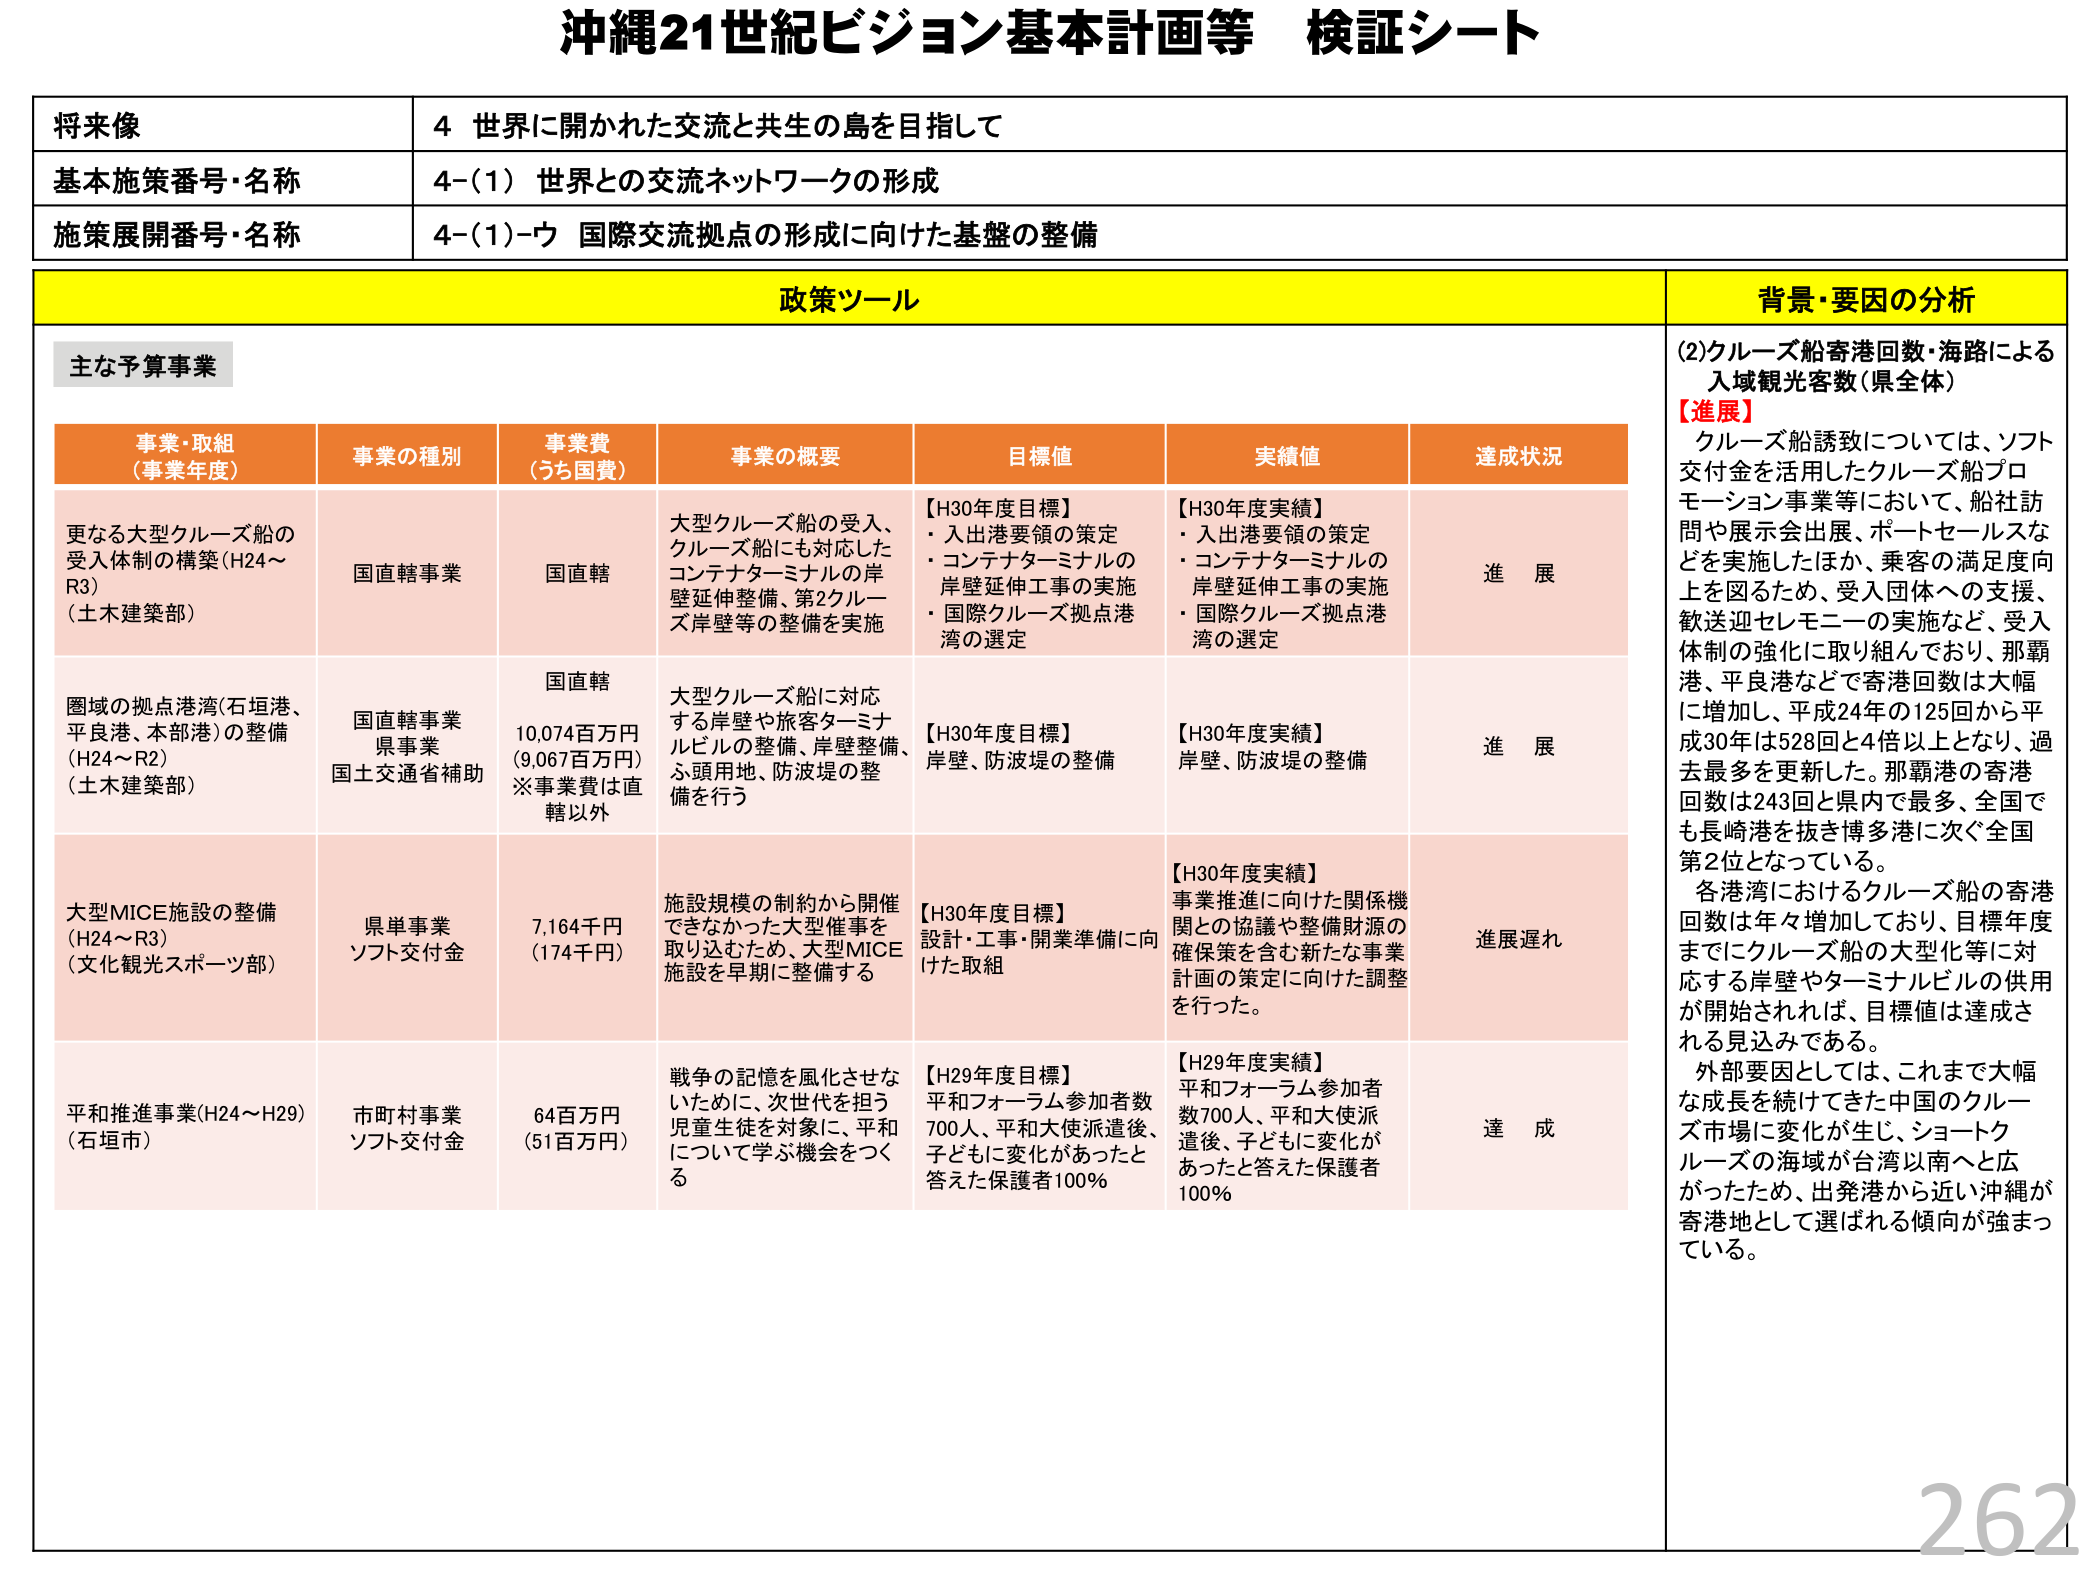
沖縄21世紀ビジョン基本計画等 検証シート

将来像
4 世界に開かれた交流と共生の島を目指して

基本施策番号・名称
4-(1) 世界との交流ネットワークの形成

施策展開番号・名称
4-(1)-ウ 国際交流拠点の形成に向けた基盤の整備

政策ツール

主な予算事業

事業・取組
（事業年度）
事業の種別
事業費
（うち国費）
事業の概要
目標値
実績値
達成状況

更なる大型クルーズ船の
受入体制の構築（H24～
R3）
（土木建築部）
国直轄事業
国直轄
大型クルーズ船の受入、
クルーズ船にも対応した
コンテナターミナルの岸
壁延伸整備、第2クルー
ズ岸壁等の整備を実施
【H30年度目標】
・入出港要領の策定
・コンテナターミナルの
岸壁延伸工事の実施
・国際クルーズ拠点港
湾の選定
【H30年度実績】
・入出港要領の策定
・コンテナターミナルの
岸壁延伸工事の実施
・国際クルーズ拠点港
湾の選定
進 展

圏域の拠点港湾（石垣港、
平良港、本部港）の整備
（H24～R2）
（土木建築部）
国直轄事業
県事業
国土交通省補助
国直轄
10,074百万円
（9,067百万円）
※事業費は直
轄以外
大型クルーズ船に対応
する岸壁や旅客ターミナ
ルビルの整備、岸壁整備、
ふ頭用地、防波堤の整
備を行う
【H30年度目標】
岸壁、防波堤の整備
【H30年度実績】
岸壁、防波堤の整備
進 展

大型MICE施設の整備
（H24～R3）
（文化観光スポーツ部）
県単事業
ソフト交付金
7,164千円
（174千円）
施設規模の制約から開催
できなかった大型催事を
取り込むため、大型MICE
施設を早期に整備する
【H30年度目標】
設計・工事・開業準備に向
けた取組
【H30年度実績】
事業推進に向けた関係機
関との協議や整備財源の
確保策を含む新たな事業
計画の策定に向けた調整
を行った。
進展遅れ

平和推進事業（H24～H29）
（石垣市）
市町村事業
ソフト交付金
64百万円
（51百万円）
戦争の記憶を風化させな
いために、次世代を担う
児童生徒を対象に、平和
について学ぶ機会をつく
る
【H29年度目標】
平和フォーラム参加者数
700人、平和大使派遣後、
子どもに変化があったと
答えた保護者100％
【H29年度実績】
平和フォーラム参加者
数700人、平和大使派
遣後、子どもに変化が
あったと答えた保護者
100％
達 成

背景・要因の分析

(2)クルーズ船寄港回数・海路による
入域観光客数（県全体）

【進展】
クルーズ船誘致については、ソフト
交付金を活用したクルーズ船プロ
モーション事業等において、船社訪
問や展示会出展、ポートセールスな
どを実施したほか、乗客の満足度向
上を図るため、受入団体への支援、
歓迎セレモニーの実施など、受入
体制の強化に取り組んでおり、那覇
港、平良港などで寄港回数は大幅
に増加し、平成24年の125回から平
成30年は528回と4倍以上となり、過
去最多を更新した。那覇港の寄港
回数は243回と県内で最多、全国で
も長崎港を抜き博多港に次ぐ全国
第2位となっている。

各港湾におけるクルーズ船の寄港
回数は年々増加しており、目標年度
までにクルーズ船の大型化等に対
応する岸壁やターミナルビルの供用
が開始されれば、目標値は達成さ
れる見込みである。

外部要因としては、これまで大幅
な成長を続けてきた中国のクルー
ズ市場に変化が生じ、ショートク
ルーズの海域が台湾以南へと広
がったため、出発港から近い沖縄が
寄港地として選ばれる傾向が強まっ
ている。

262